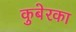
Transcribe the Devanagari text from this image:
कुबेरका